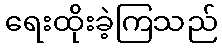
ရေးထိုးခဲ့ကြသည်